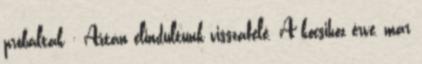
próbáltak : Aztán elindultunk visszafelé. A kocsihoz érve, már